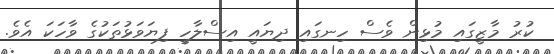
ކުރު މާޒީގައި މުޅިން ވެސް ހިނގައި ދިޔައީ އިސްލާހީ ފިޔަވަޅުތަކުގެ ވާހަކަ އެވެ.